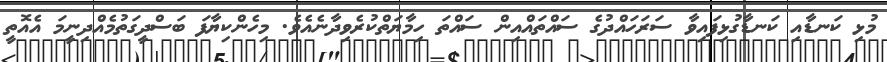
މުޅި ކަނޑާއި ކަނޑާގުޅިފައިވާ ސަރަހައްދުގެ ސައްތައްއިން ސައްތަ ހިމާޔަތްކުރެވިދާނެއެވެ. މިހެންކިޔާފަ ބަސްދީގަތުމެއްދިނީމަ އެއޮތީ